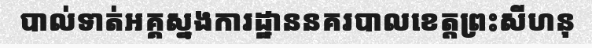
បាល់ទាត់អគ្គស្នងការដ្ឋាននគរបាលខេត្តព្រះសីហនុ